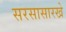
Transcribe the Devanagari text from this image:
सरसासारखे